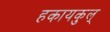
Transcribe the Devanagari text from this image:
हकायकुल्